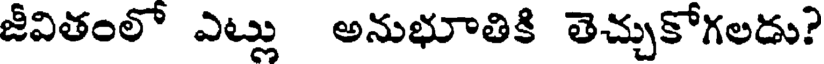
జీవితంలో ఎట్లు అనుభూతికి తెచ్చుకోగలడు?